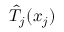
{ \hat { T } } _ { j } ( x _ { j } )